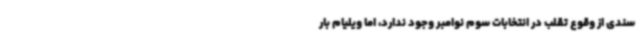
سندی از وقوع تقلب در انتخابات سوم نوامبر وجود ندارد، اما ویلیام بار